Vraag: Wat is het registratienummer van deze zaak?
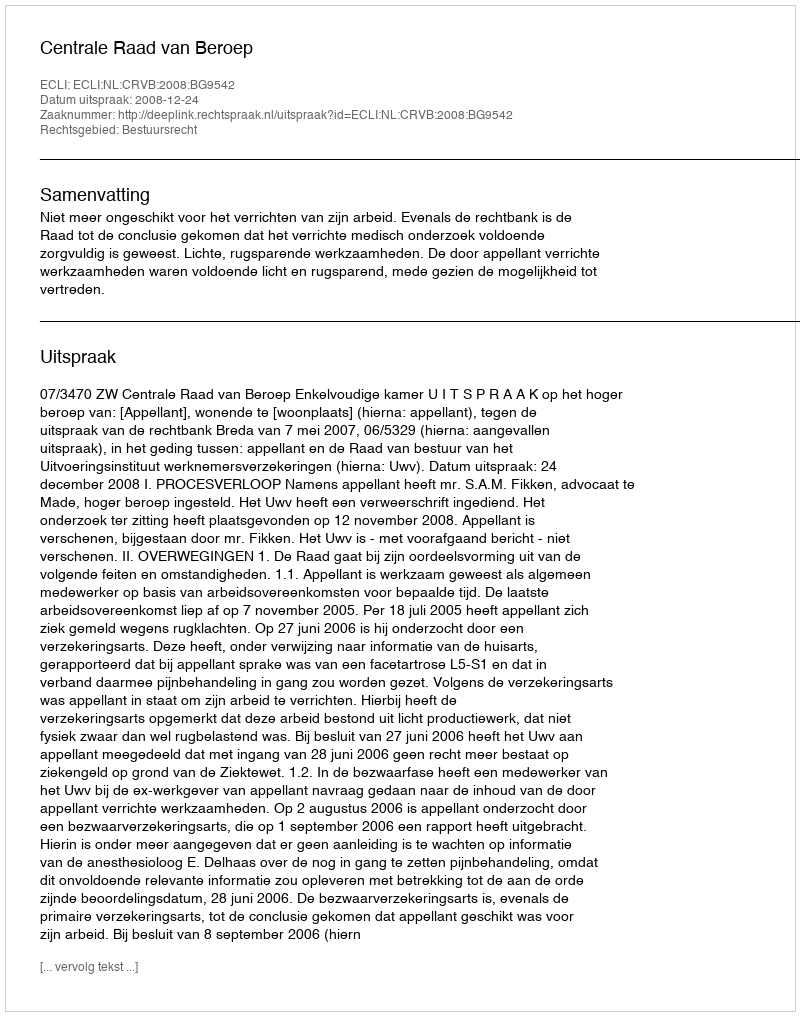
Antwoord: http://deeplink.rechtspraak.nl/uitspraak?id=ECLI:NL:CRVB:2008:BG9542